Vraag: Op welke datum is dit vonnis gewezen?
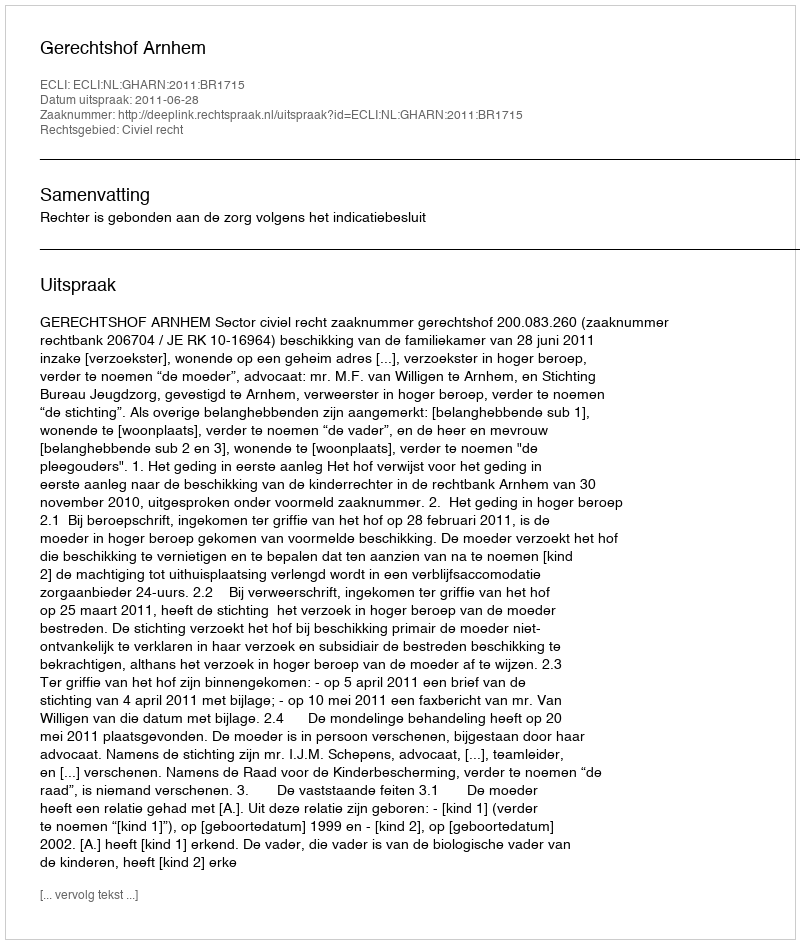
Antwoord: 2011-06-28